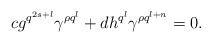
LaTeX: \begin{align*}cg^{q^{2s+l}}\gamma^{\rho q^l}+ dh^{q^{l}}\gamma^{\rho q^{l+n}}=0.\end{align*}